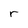
Character: r